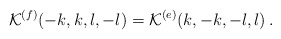
\begin{align*} {\cal K}^{(f)}(-k,k,l,-l)={\cal K}^{(e)}(k,-k,-l,l)\, .\end{align*}